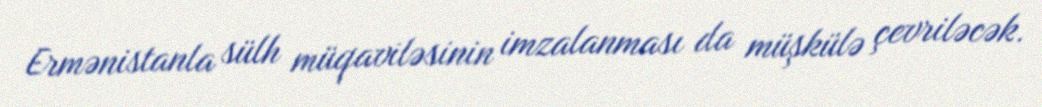
Ermənistanla sülh müqaviləsinin imzalanması da müşkülə çevriləcək.